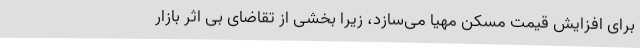
برای افزایش قیمت مسکن مهیا می‌سازد، زیرا بخشی از تقاضای بی اثر بازار